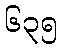
၆၃၅